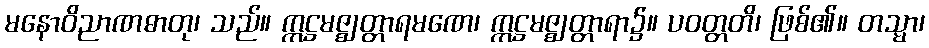
မနောဝိညာဏဓာတု၊ သည်။ ဣဋ္ဌမဇ္ဈတ္တာရမဏေ၊ ဣဋ္ဌမဇ္ဈတ္တာရာ၌။ ပဝတ္တတိ၊ ဖြစ်၏။ တသ္မာ၊